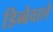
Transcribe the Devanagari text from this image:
डिब्बेवाले